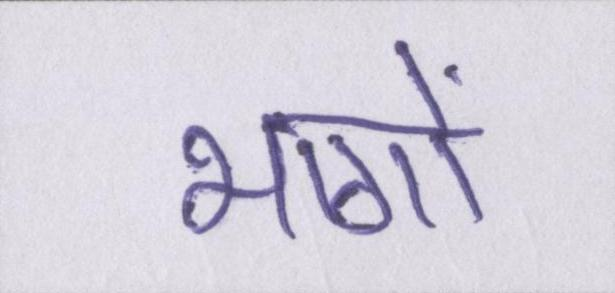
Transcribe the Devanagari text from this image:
भागों